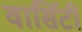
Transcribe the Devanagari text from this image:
वार्सिटी